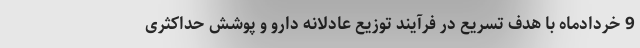
9 خردادماه با هدف تسریع در فرآیند توزیع عادلانه دارو و پوشش‌ حداکثری